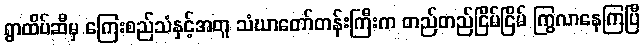
ရွာထိပ်ဆီမှ ကြေးစည်သံနှင့်အတူ သံဃာတော်တန်းကြီးက တည်တည်ငြိမ်ငြိမ် ကြွလာနေကြပြီ